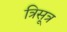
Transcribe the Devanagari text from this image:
त्रिसूत्र